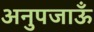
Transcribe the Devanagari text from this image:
अनुपजाऊँ